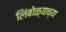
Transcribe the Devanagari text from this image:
लिंबोळ्याच्या